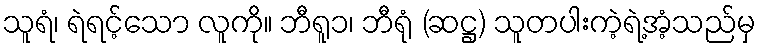
သူရံ၊ ရဲရင့်သော လူကို။ ဘီရူ၁၊ ဘီရုံ (ဆဋ္ဌ) သူတပါးကဲ့ရဲ့အံ့သည်မှ